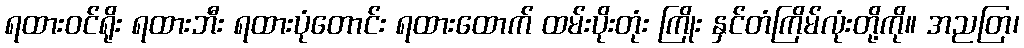
ရထားဝင်ရိုး ရထားဘီး ရထားပုံတောင်း ရထားထောက် ထမ်းပိုးတုံး ကြိုး နှင်တံကြိမ်လုံးတို့ကို။ အညတြ၊